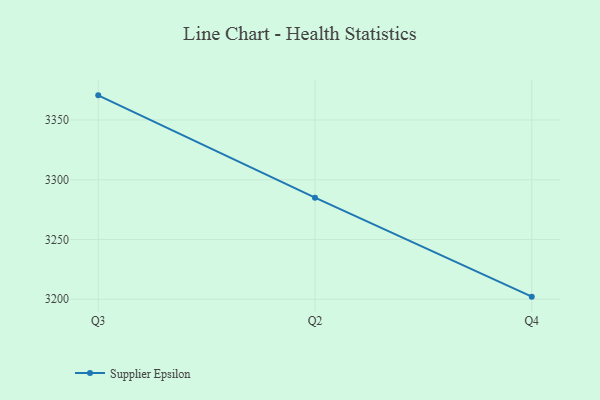
{"axis": {"x": "Quarter", "y": "Energy Usage (MWh)"}, "legend": ["Supplier Epsilon"], "data": [{"x": "Q3", "y": 3370.6, "type": "Supplier Epsilon"}, {"x": "Q2", "y": 3285.0, "type": "Supplier Epsilon"}, {"x": "Q4", "y": 3202.2, "type": "Supplier Epsilon"}]}